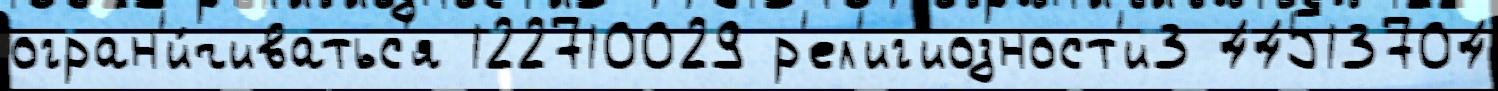
огран'и́чиватьс'я 122710029 р'ел'иг'иозност'и3 44513704